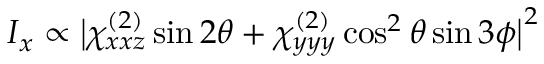
I _ { x } \propto \big | \chi _ { x x z } ^ { ( 2 ) } \sin 2 \theta + \chi _ { y y y } ^ { ( 2 ) } \cos ^ { 2 } \theta \sin 3 \phi \big | ^ { 2 }